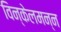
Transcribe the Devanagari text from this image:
विन्केलमन्न